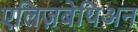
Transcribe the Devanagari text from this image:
एलिज़बेथिअन